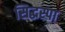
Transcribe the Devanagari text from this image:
सिद्धस्पा